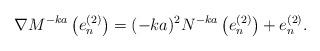
LaTeX: \begin{align*}\nabla M^{-ka}\left( e_{n}^{(2)} \right) = (-ka)^{2} N^{-ka}\left(e_{n}^{(2)}\right) + e_{n}^{(2)}.\end{align*}